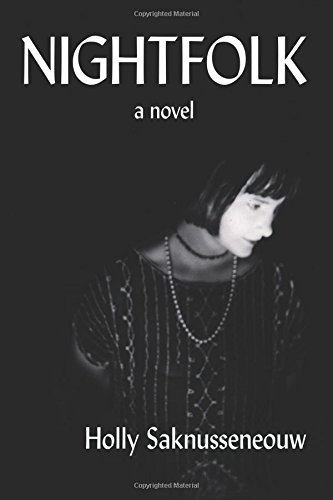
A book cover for Nightfolk; Holly Saknusseneouw; Science Fiction & Fantasy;